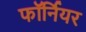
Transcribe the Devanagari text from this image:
फॉर्नियर